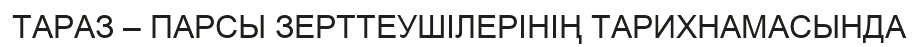
ТАРАЗ – ПАРСЫ ЗЕРТТЕУШІЛЕРІНІҢ ТАРИХНАМАСЫНДА